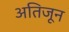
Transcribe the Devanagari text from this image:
अतिजून